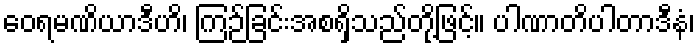
ဝေရမဏိယာဒီဟိ၊ ကြဉ်ခြင်းအစရှိသည်တို့ဖြင့်။ ပါဏာတိပါတာဒီနံ၊